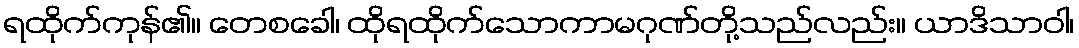
ရထိုက်ကုန်၏။ တေစခေါ၊ ထိုရထိုက်သောကာမဂုဏ်တို့သည်လည်း။ ယာဒိသာဝါ၊